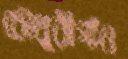
চৌধুরীগাঁও